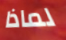
لماذا